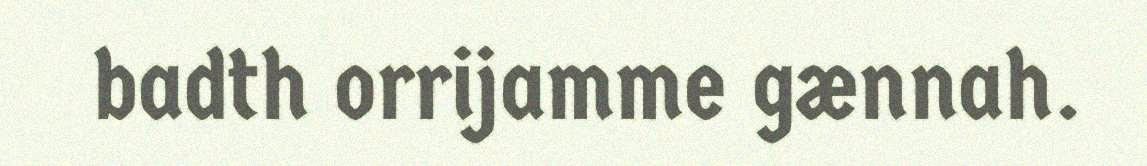
badth orrijamme gænnah.